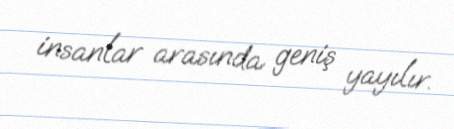
insanlar arasında geniş yayılır.